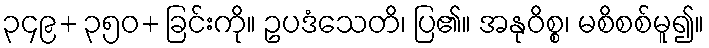
၃၄၉+ ၃၅၀+ ခြင်းကို။ ဥပဒံသေတိ၊ ပြ၏။ အနုဝိစ္စ၊ မစိစစ်မူ၍။